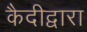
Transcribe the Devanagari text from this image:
कैदीद्वारा